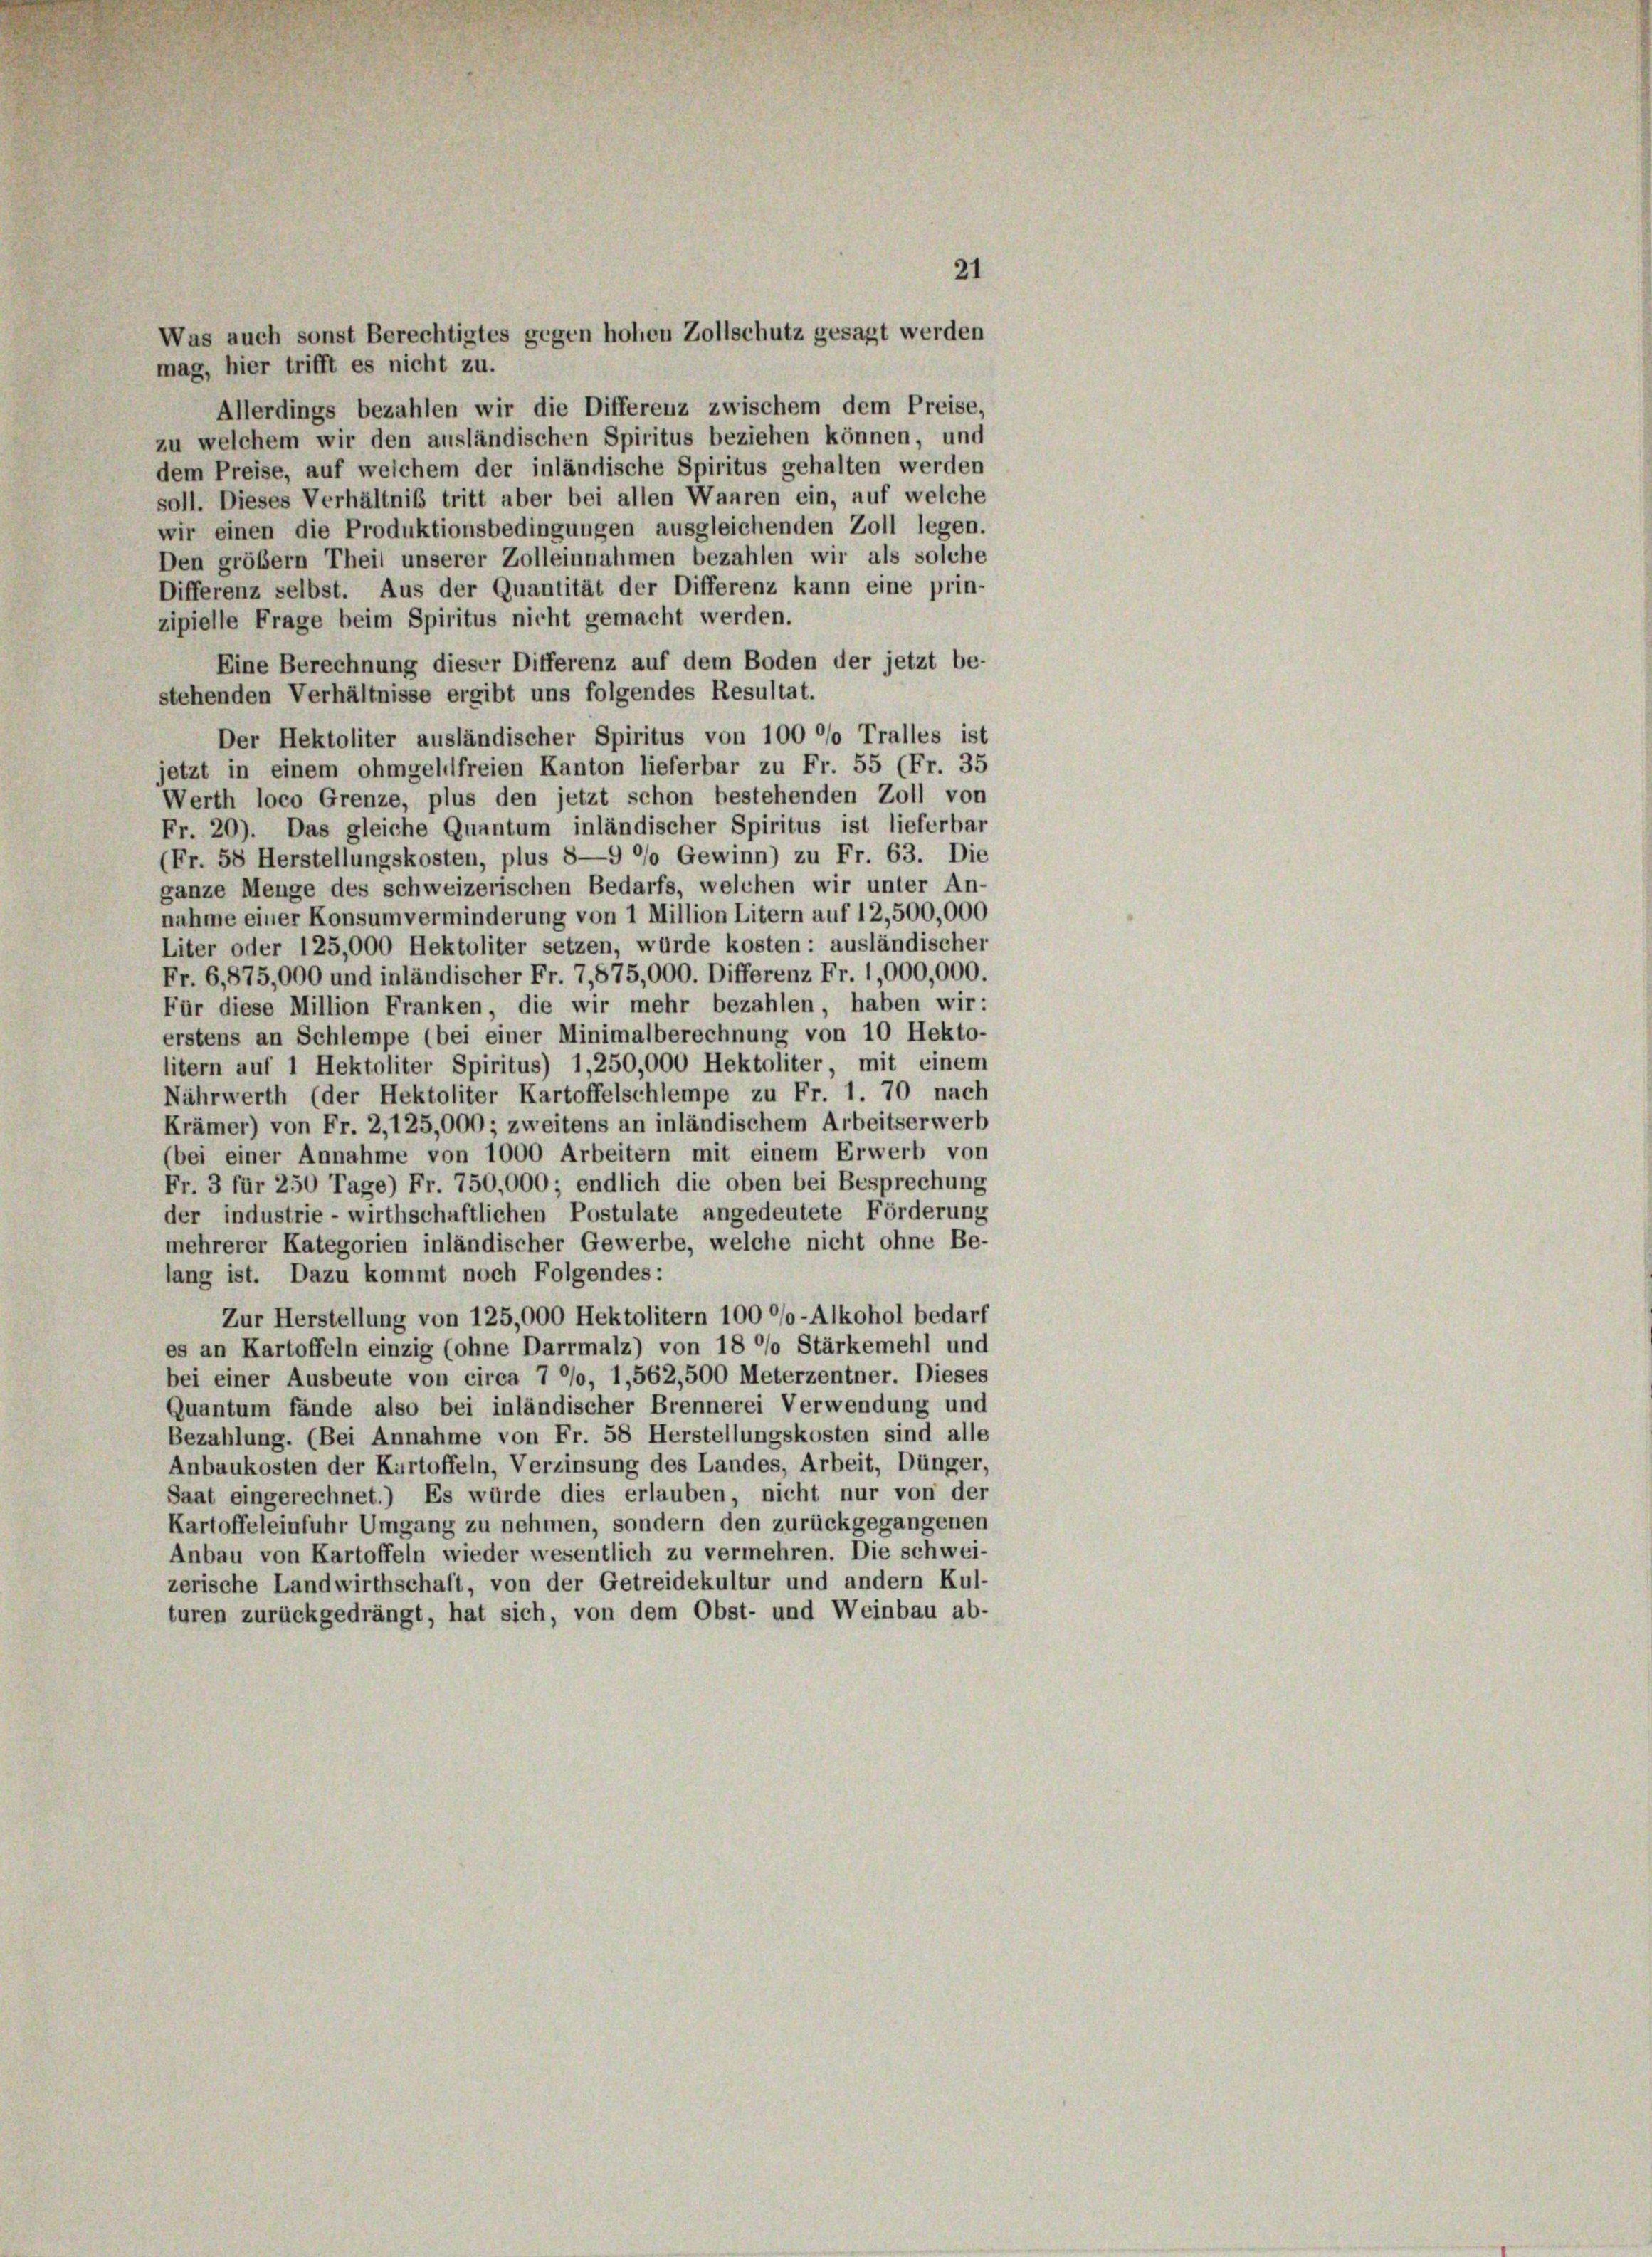
21
Was auch sonst Berechtigtes gegen hohen Zollschutz gesagt werden
mag, hier trifft es nicht zu.

Allerdings bezahlen wir die Differenz zwischem dem Preise,
zu welchem wir den ausländischen Spiritus beziehen können, und
dem Preise, auf welchem der inländische Spiritus gehalten werden
soll. Dieses Verhältnis tritt aber bei allen Waaren ein, auf welche
wir einen die Produktionsbedingungen ausgleichenden Zoll legen.
Den größer Theil unserer Zolleinnahmen bezahlen wir als solche
Differenz selbst. Aus der Quantität der Differenz kann eine prin-
zipielle Frage beim Spiritus nicht gemacht werden.
Eine Berechnung dieser Differenz auf dem Boden der jetzt be-
stehenden Verhältnisse ergibt uns folgendes Resultat.
Der Hektoliter ausländischer Spiritus von 100 °/o Tralles ist
jetzt in einem ohmgehilfreien Kanton lieferbar zu Fr. 55 (Fr. 35
Werth loco Grenze, plus den jetzt schon bestehenden Zoll von
Fr. 20). Das gleiche Quantum inländischer Spiritus ist lieferbar
(Fr. 58 Herstellungskosten, plus 8—9 °/o Gewinn) zu Fr. 63. Die
ganze Menge des schweizerischen Bedarfs, welchen wir unter An-
nahme einer Konsumverminderung von 1 Million Litern auf 12,500,000
Liter oder 125,000 Hektoliter setzen, würde kosten: ausländischer
Fr. 6, 875,000 und inländischer Fr. 7,875,000. Differenz Fr. 1,000,000.
Für diese Million Franken, die wir mehr bezahlen, haben wir:
erstens an Schlempe (bei einer Minimalberechnung von 10 Hekto-
litern auf 1 Hektoliter Spiritus) 1,250,000 Hektoliter mit einem
Nährwerth (der Hektoliter Kartoffelschlempe zu Fr. 1. 70 nach
Krämer) von Fr. 2, 125,000; zweitens an inländischem Arbeitserwerb
(bei einer Annahme von 1000 Arbeitern mit einem Erwerb von
Fr. 3 für 250 Tage) Fr. 750,000; endlich die oben bei Besprechung
der industrie - wirthschaftlichen Postulate angedeutete Förderung
mehrerer Kategorien inländischer Gewerbe, welche nicht ohne Be-
lang ist. Dazu kommt noch Folgendes:
Zur Herstellung von 125,000 Hektolitern 100 °/o-Alkohol bedarf
es an Kartoffeln einzig (ohne Darrmalz) von 18 °/o Stärkemehl und
bei einer Ausbeute von circa 7 °/o, 1,562,500 Meterzentner. Dieses
Quantum fände also bei inländischer Brennerei Verwendung und
Bezahlung. (Bei Annahme von Fr. 58 Herstellungskosten sind alle
Anbaukosten der Kurtoffeln, Verzinsung des Landes, Arbeit, Dünger,
Saat eingerechnet.) Es würde dies erlauben, nicht nur von der
Kartoffeleinfuhr Umgang zu nehmen, sondern den zurückgegangenen
Anbau von Kartoffeln wieder wesentlich zu vermehren. Die schwei-
zerische Landwirthschaft, von der Getreidekultur und andern Kul-
turen zurückgedrängt, hat sich, von dem Obst- und Weinbau ab-